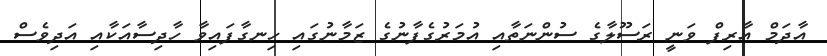
އާދަމް އާރިފް ވަނީ ރަސޫލާގެ ސުންނަތާއި އުމަރުގެފާނުގެ ޒަމާނުގައި ހިނގާފައިވާ ހާދިސާއަކާއި އަދިވެސް